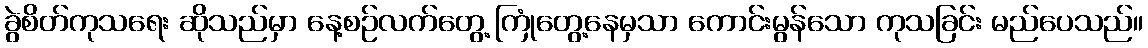
ခွဲစိတ်ကုသရေး ဆိုသည်မှာ နေ့စဉ်လက်တွေ့ ကြုံတွေ့နေမှသာ ကောင်းမွန်သော ကုသခြင်း မည်ပေသည်။